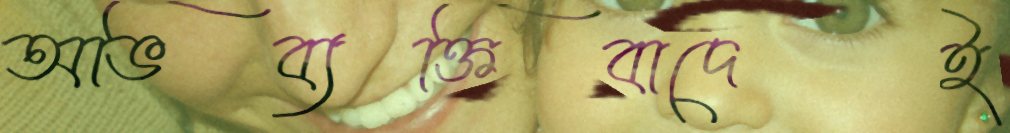
অভিব্যক্তিবাদেই